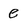
Character: e